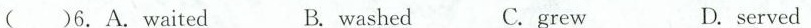
)6.A.waited B.washed C. grew D.served